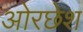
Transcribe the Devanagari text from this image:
ओरछेश